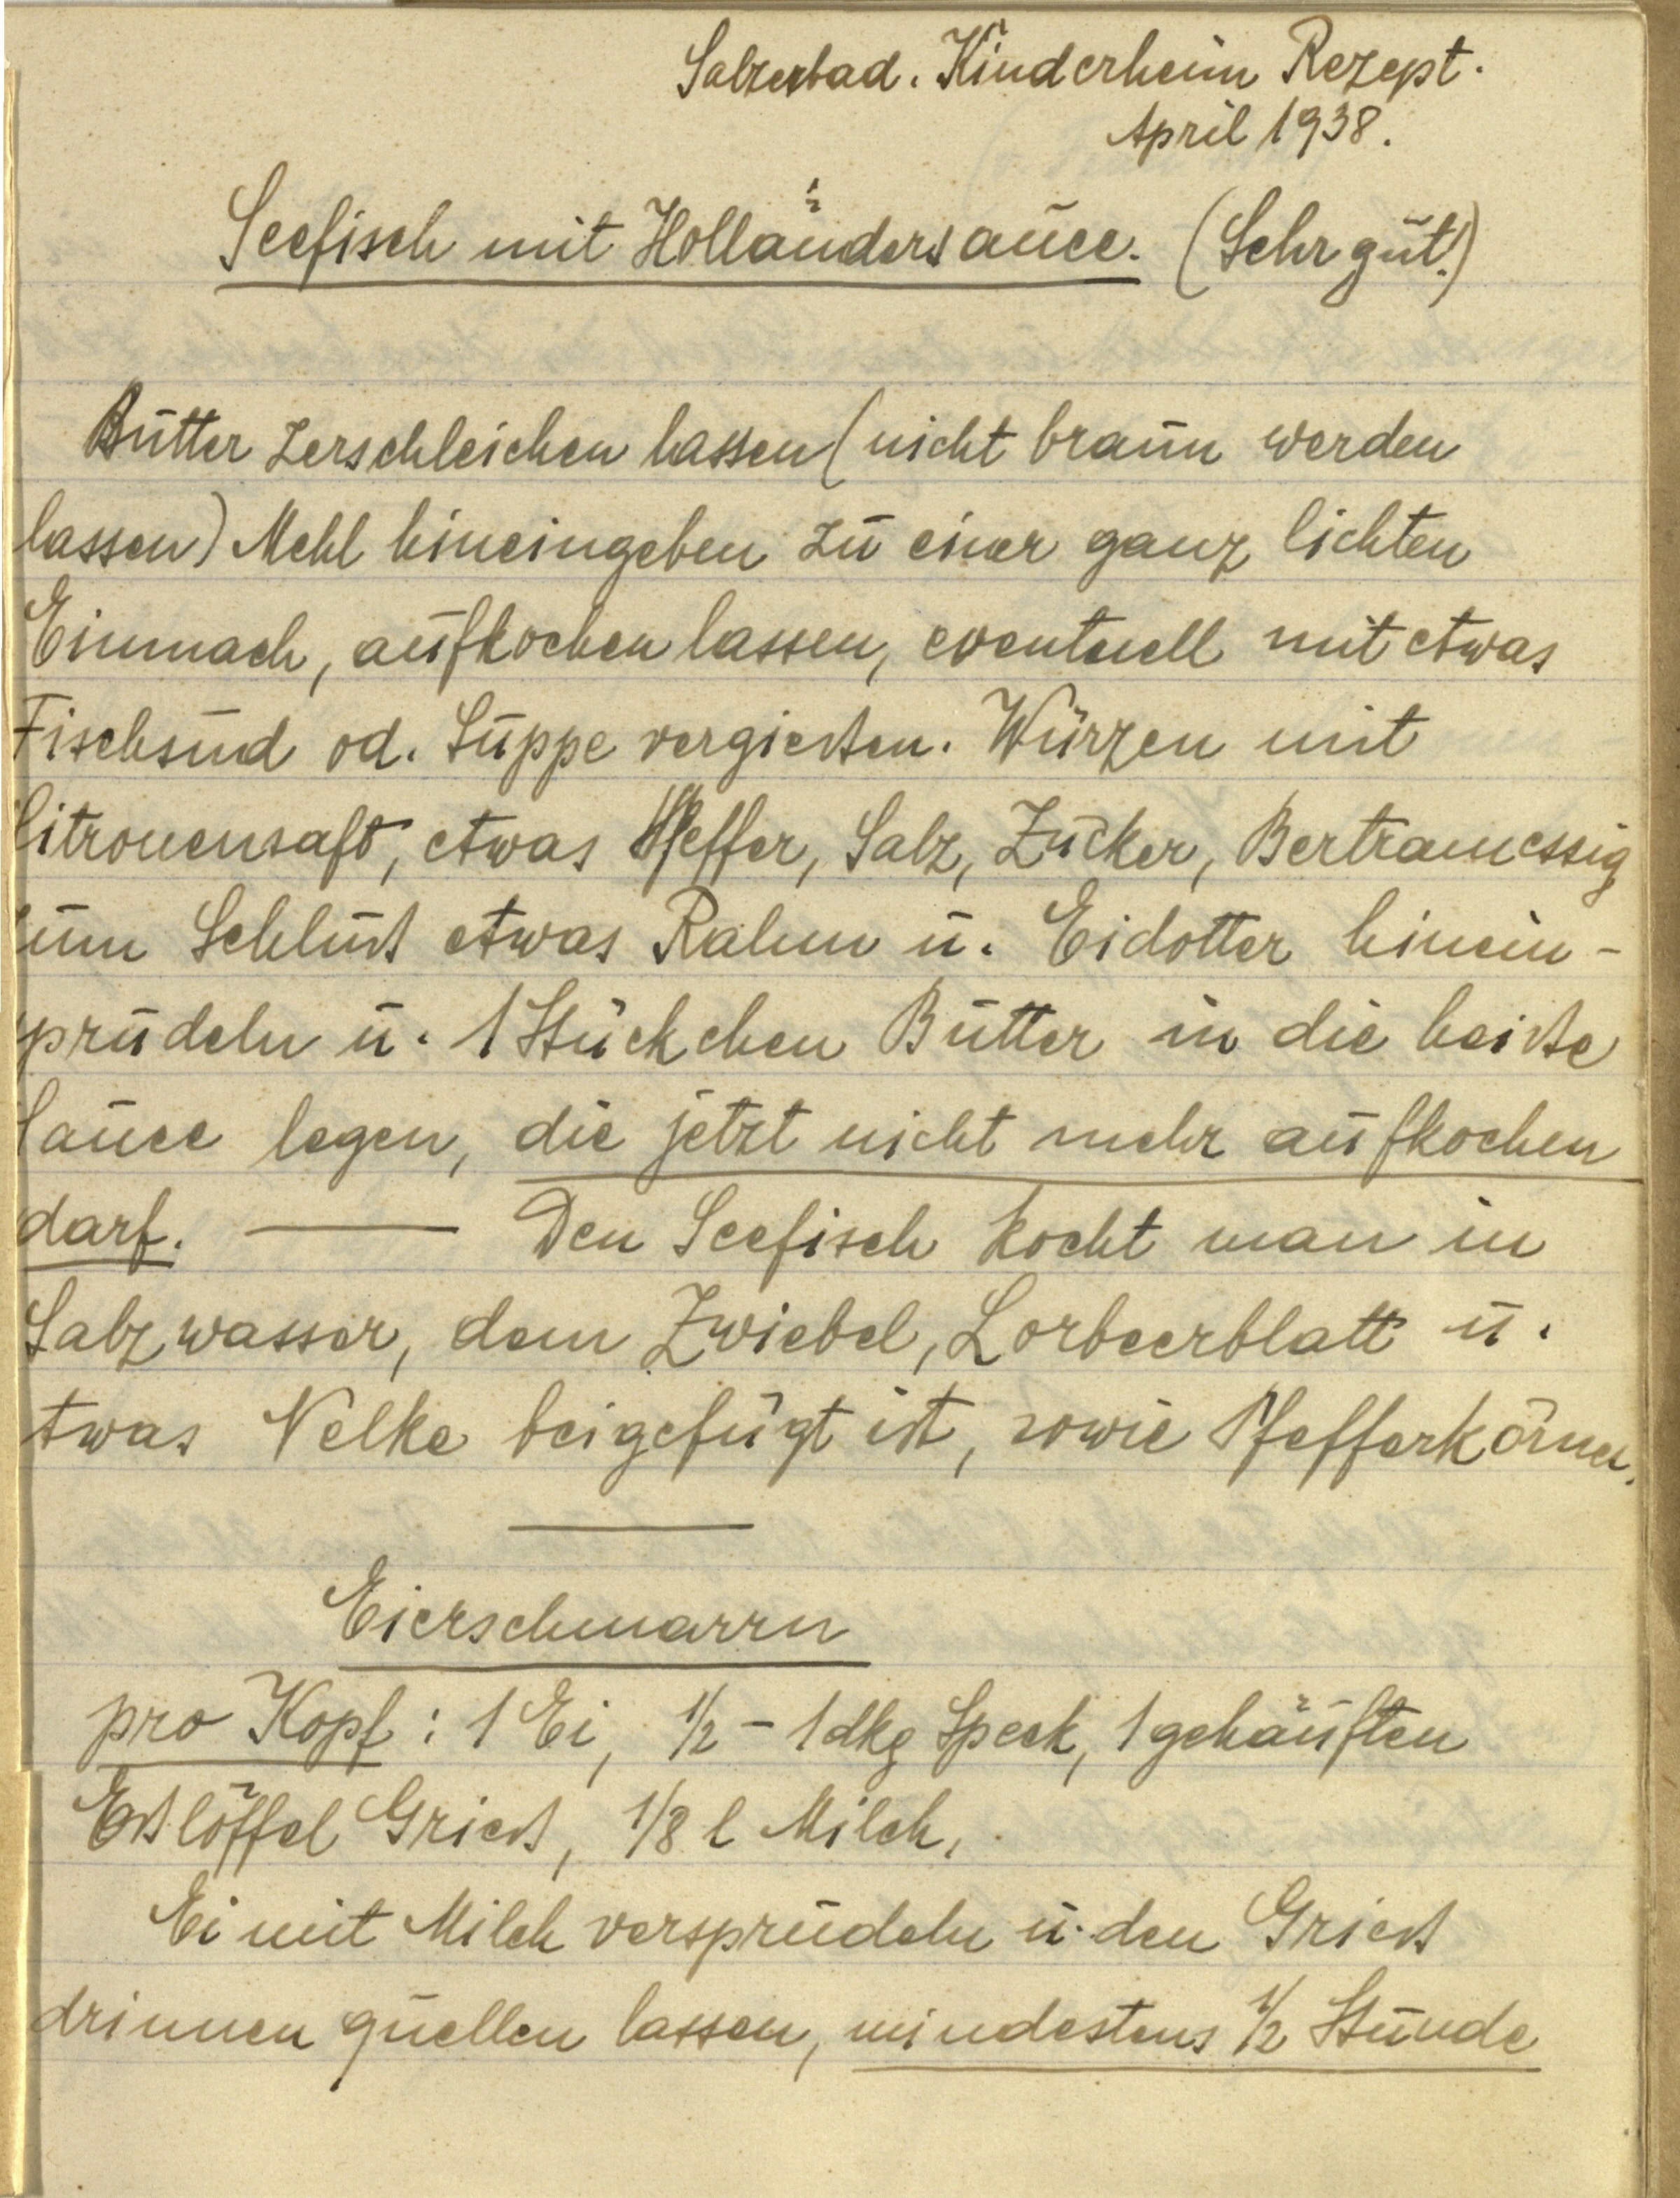
Salzerbad. Kinderheim Rezept.
April 1938.

Seefisch mit Hollundersauce. (Sehr gut!)

Butter zerschleichen lassen (nicht braun werden
lassen) Mehl hineingeben zu einer ganz lichten
Einmach, aufkochen lassen, eventuell mit etwas
Fischsud od. Suppe vergießen. Würzen mit
Citronensaft, etwas Pfeffer, Salz, Zucker, Bertramessig
zum Schluß etwas Rahm u. Eidotter hinein¬
sprudeln u. 1 Stückchen Butter in die heiße
Sauce legen, die jetzt nicht mehr aufkochen
darf. — Den Seefisch kocht man in
Salzwasser, dem Zwiebel, Lorbeerblatt u.
etwas Nelke beigefügt ist, sowie Pfefferkörner

Eierschmarrn
pro Kopf: 1 Ei, ½ — 1 dkg Speck, 1 gehäuften
Eßlöffel Grieß, ⅛ l Milch,
Ei mit Milch versprudeln u. den Grieß
drinnen quellen lassen, mindestens ½ Stunde